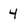
Character: 4